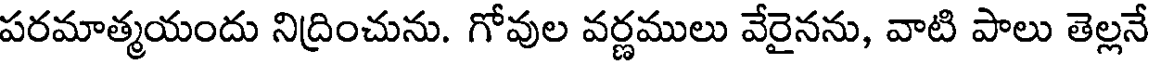
పరమాత్మయందు నిద్రించును. గోవుల వర్ణములు వేరైనను, వాటి పాలు తెల్లనే